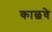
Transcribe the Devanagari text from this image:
काछवे